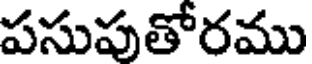
పసుపుతోరము